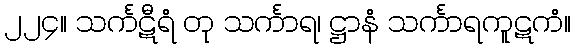
၂၂၄။ သင်္ကဋီရံ တု သင်္ကာရ၊ ဋ္ဌာနံ သင်္ကာရကူဋကံ။